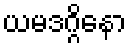
ယမဒဂ္ဂိနော